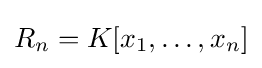
R_{n}=K[x_{1},\ldots ,x_{n}]